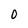
Character: 0